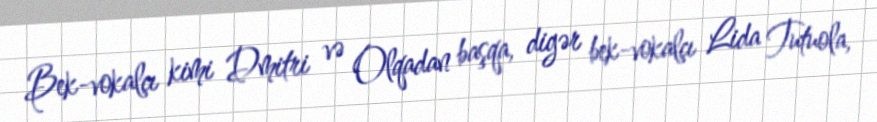
Bek-vokalçı kimi Dmitri və Olqadan başqa, digər bek-vokalçı Lida Tutuola,